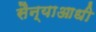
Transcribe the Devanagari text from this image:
सैन्याआधी